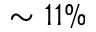
\sim 1 1 \%